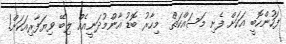
ފަހުންހޮބީ އަކަށް ފެށި މަސައްކަތް  މިހާރު ބޮޑު އާންމުދަނީއެއް ލިބޭ ވިޔަފާރިއަކަށް!